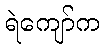
ရဲကျော်က